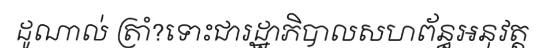
ដូណាល់ ត្រាំ?ទោះជារដ្ឋាភិបាលសហព័ន្ធអនុវត្ត